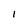
Character: 1